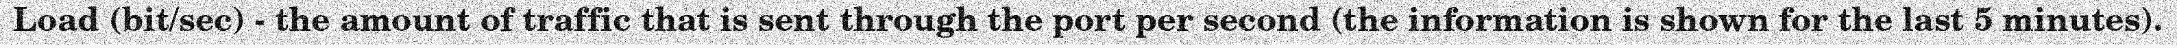
Load (bit/sec) - the amount of traffic that is sent through the port per second (the information is shown for the last 5 minutes).